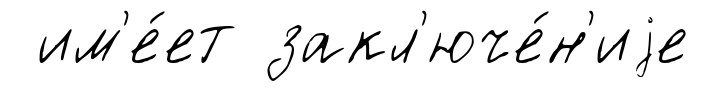
им'е́ет закл'юче́н'иjе